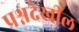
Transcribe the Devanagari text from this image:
प्रश्नदेखील